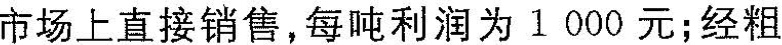
市场上直接销售，每吨利润为1000元；经粗